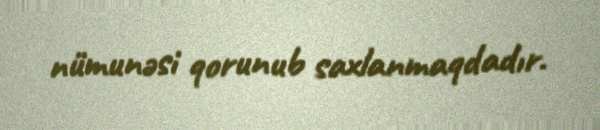
nümunəsi qorunub saxlanmaqdadır.